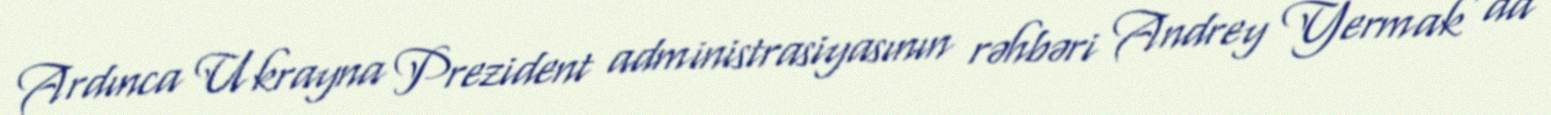
Ardınca Ukrayna Prezident administrasiyasının rəhbəri Andrey Yermak da